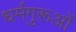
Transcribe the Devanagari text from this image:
धर्मगुरूओं